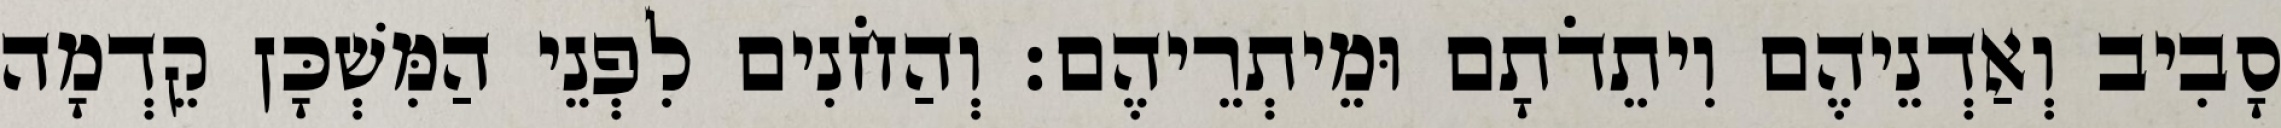
סָבִיב וְאַדְנֵיהֶם וִיתֵדֹתָם וּמֵיתְרֵיהֶם׃ וְהַחֹנִים לִפְנֵי הַמִּשְׁכָּן קֵדְמָה